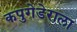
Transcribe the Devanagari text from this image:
कपुगेडेराला